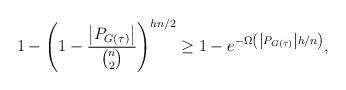
LaTeX: \begin{align*}1-\left(1-\frac{\left|P_{G(\tau)}\right|}{\binom{n}{2}}\right)^{hn/2}\ge 1-e^{-\Omega\left(\left|P_{G(\tau)}\right|h/n\right)},\end{align*}